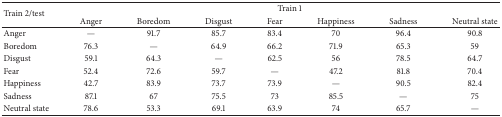
<table><thead><tr><td rowspan="2"><b>Train 2/test</b></td><td colspan="7"><b>Train 1 </b></td></tr><tr><td><b>Anger </b></td><td><b>Boredom </b></td><td><b>Disgust </b></td><td><b>Fear </b></td><td><b>Happiness </b></td><td><b>Sadness </b></td><td><b>Neutral state </b></td></tr></thead><tbody><tr><td>Anger </td><td>—</td><td>91.7 </td><td>85.7 </td><td>83.4 </td><td>70 </td><td>96.4 </td><td>90.8 </td></tr><tr><td>Boredom </td><td>76.3 </td><td>—</td><td>64.9 </td><td>66.2 </td><td>71.9 </td><td>65.3 </td><td>59 </td></tr><tr><td>Disgust </td><td>59.1 </td><td>64.3 </td><td>—</td><td>62.5 </td><td>56 </td><td>78.5 </td><td>64.7 </td></tr><tr><td>Fear </td><td>52.4 </td><td>72.6 </td><td>59.7 </td><td>—</td><td>47.2 </td><td>81.8 </td><td>70.4 </td></tr><tr><td>Happiness </td><td>42.7 </td><td>83.9 </td><td>73.7 </td><td>73.9 </td><td>—</td><td>90.5 </td><td>82.4 </td></tr><tr><td>Sadness </td><td>87.1 </td><td>67 </td><td>75.5 </td><td>73 </td><td>85.5 </td><td>—</td><td>75 </td></tr><tr><td>Neutral state </td><td>78.6 </td><td>53.3 </td><td>69.1 </td><td>63.9 </td><td>74 </td><td>65.7 </td><td>—</td></tr></tbody></table>